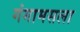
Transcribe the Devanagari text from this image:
गंगामसला